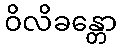
ဝိလိခန္တော